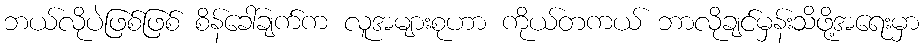
ဘယ်လိုပဲဖြစ်ဖြစ် စိန်ခေါ်ချက်က လူအများစုဟာ ကိုယ်တကယ် ဘာလိုချင်မှန်းသိဖို့အရေးမှာ